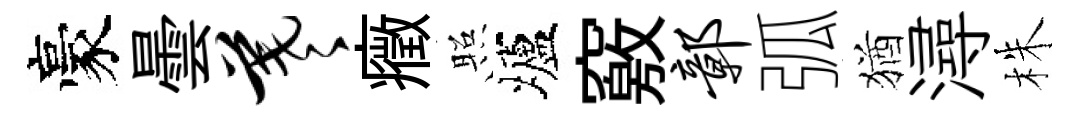
豪曇羲癥照壚竅鄣弧猶潯株